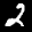
Label: 2